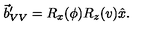
\vec { b } _ { V V } ^ { \prime } = R _ { x } ( \phi ) R _ { z } ( v ) \hat { x } .